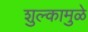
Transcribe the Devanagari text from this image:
शुल्कामुळे